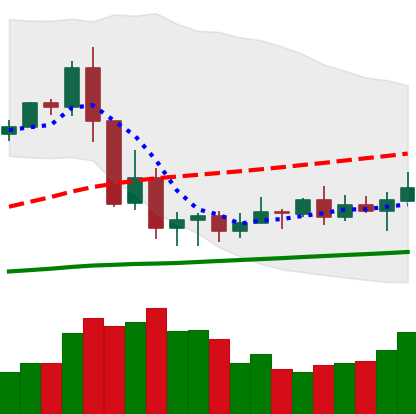
Ticker: XRP-USD
Chart end date: 2020-09-17
Forward return: -7.445%
Label: down_7plus